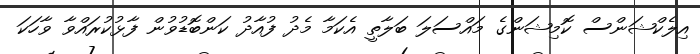
އިލެކްޝަންސް ކޮމިޝަންގެ މައްސަލަ ބަލާތީ އެކަމާ މެދު ފުއާދު ކަންބޮޑުވުން ފާޅުކުރައްވާ ވާހަކަ